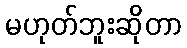
မဟုတ်ဘူးဆိုတာ